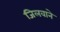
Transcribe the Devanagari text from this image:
जिलवाने